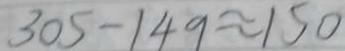
3 0 5 - 1 4 9 \approx 1 5 0